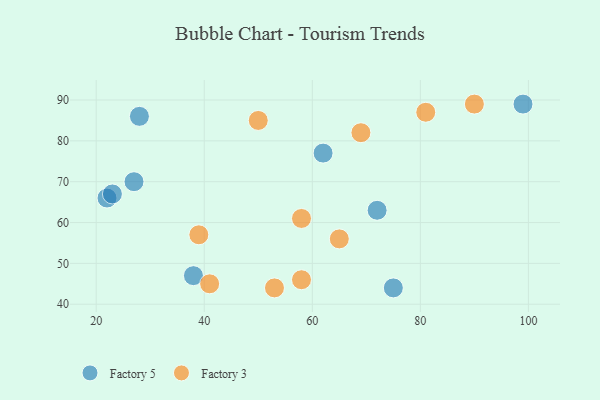
{"axis": {"x": "GDP", "y": "Life Expectancy"}, "legend": ["Factory 3", "Factory 5"], "data": [{"x": "72", "y": 63, "type": "Factory 5"}, {"x": "22", "y": 66, "type": "Factory 5"}, {"x": "75", "y": 44, "type": "Factory 5"}, {"x": "62", "y": 77, "type": "Factory 5"}, {"x": "27", "y": 70, "type": "Factory 5"}, {"x": "28", "y": 86, "type": "Factory 5"}, {"x": "99", "y": 89, "type": "Factory 5"}, {"x": "38", "y": 47, "type": "Factory 5"}, {"x": "23", "y": 67, "type": "Factory 5"}, {"x": "53", "y": 44, "type": "Factory 3"}, {"x": "41", "y": 45, "type": "Factory 3"}, {"x": "58", "y": 46, "type": "Factory 3"}, {"x": "58", "y": 61, "type": "Factory 3"}, {"x": "81", "y": 87, "type": "Factory 3"}, {"x": "39", "y": 57, "type": "Factory 3"}, {"x": "65", "y": 56, "type": "Factory 3"}, {"x": "50", "y": 85, "type": "Factory 3"}, {"x": "69", "y": 82, "type": "Factory 3"}, {"x": "90", "y": 89, "type": "Factory 3"}]}